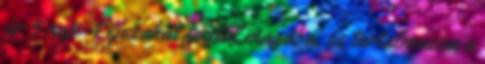
ár 5 nap 4 éjszakát foglal magába, és tartalmazza a